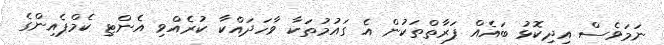
ނަމަވެސް އިދިކޮޅު ބައެއް ފަރާތްތަކުން އެ ގައުމުތަކާ ވާހަދައްކާ ކުރެއްވި އެންޓި ކެމްޕެއިންގެ